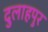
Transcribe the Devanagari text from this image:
दुलाहपुर